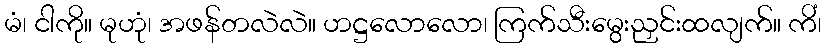
မံ၊ ငါကို။ မုဟုံ၊ အဖန်တလဲလဲ။ ဟဋ္ဌလောလော၊ ကြက်သီးမွေးညှင်းထလျက်။ ကိံ၊